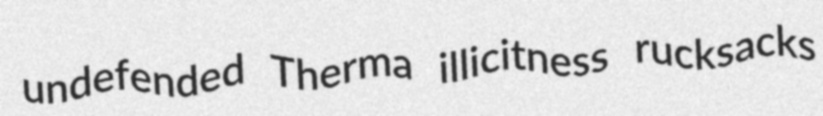
undefended Therma illicitness rucksacks